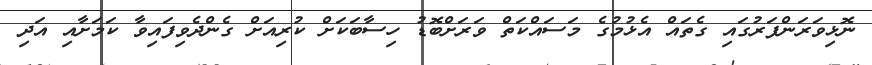
ނޮޅިވަރަންފަރުގައި ގެތައް އެޅުމުގެ މަސައްކަތް ވަރަށްބޮޑު ހިސާބަކަށް ކުރިއަށް ގެންދެވިފައިވާ ކަމަށާއި އަދި